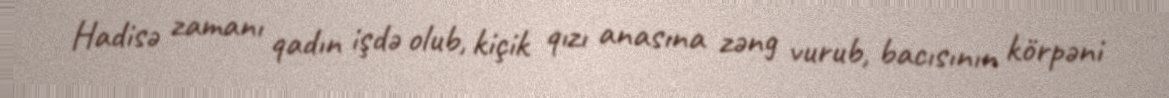
Hadisə zamanı qadın işdə olub, kiçik qızı anasına zəng vurub, bacısının körpəni